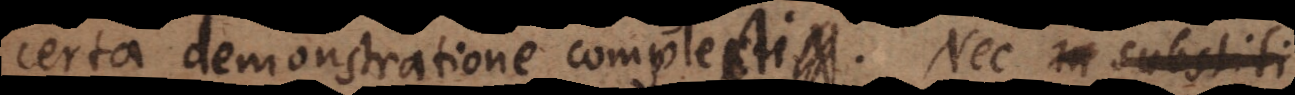
certa demonstratione complecti. Nec in